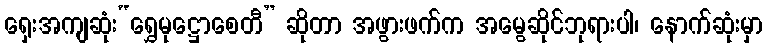
ရှေးအကျဆုံး“ရွှေမုဋ္ဌောစေတီ” ဆိုတာ အဖွားဖက်က အမွေဆိုင်ဘုရားပါ၊ နောက်ဆုံးမှာ